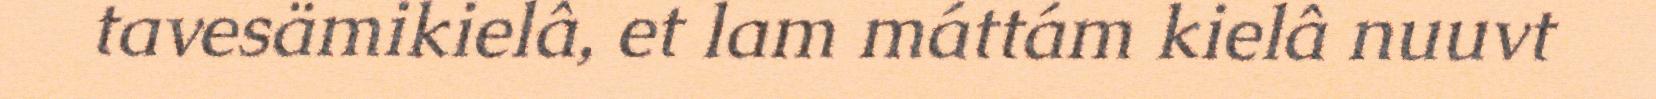
tavesämikielâ, et lam máttám kielâ nuuvt